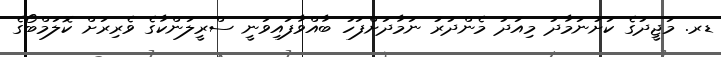
ޑރ. މަޖީދުގެ ކަށުނަމާދު މިއަދު މެންދުރު ނަމާދަށްފަހު ބާއްވާފައިވަނީ ސްރީލަންކާގެ ވެރިރަށް ކޮލަމްބޯގެ